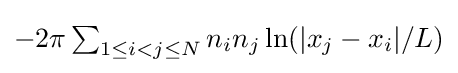
\textstyle -2\pi \sum _{1\leq i<j\leq N}n_{i}n_{j}\ln(|x_{j}-x_{i}|/L)